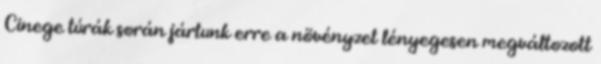
Cinege túrák során jártunk erre a növényzet lényegesen megváltozott